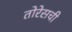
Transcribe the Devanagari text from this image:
तोरेसची